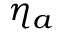
\eta _ { a }